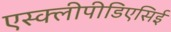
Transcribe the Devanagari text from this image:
एस्क्लीपीडिएसिई